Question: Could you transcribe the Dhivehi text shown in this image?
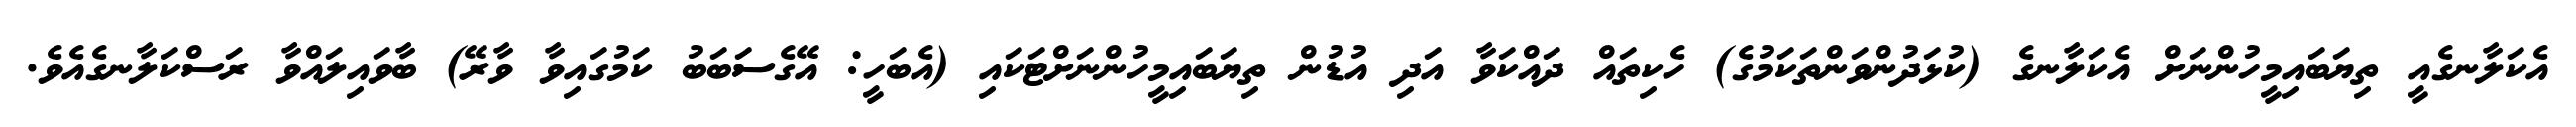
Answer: އެކަލާނގެއީ ތިޔަބައިމީހުންނަށް އެކަލާނގެ (ކުޅަދުންވަންތަކަމުގެ) ހެކިތައް ދައްކަވާ އަދި އުޑުން ތިޔަބައިމީހުންނަށްޓަކައި (އެބަހީ: އޭގެސަބަބު ކަމުގައިވާ ވާރޭ) ބާވައިލައްވާ ރަސްކަލާނގެއެވެ.